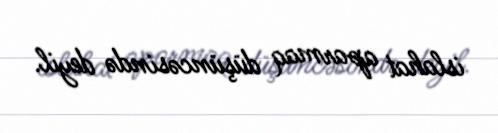
islahat aparmaq düşüncəsində deyil.